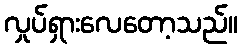
လှုပ်ရှားလေတော့သည်။